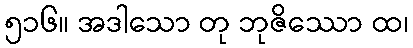
၅၁၆။ အဒါသော တု ဘုဇိဿော ထ၊